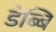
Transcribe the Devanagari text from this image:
डेब्बि